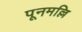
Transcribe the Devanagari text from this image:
पूनमल्लि